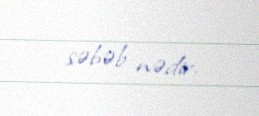
səbəb nədir.